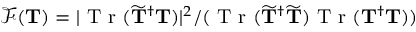
\mathcal { F } ( \mathbf { T } ) = | \textnormal { T r } ( \widetilde { \mathbf { T } } ^ { \dagger } { \mathbf { T } } ) | ^ { 2 } / ( \textnormal { T r } ( \widetilde { \mathbf { T } } ^ { \dagger } \widetilde { \mathbf { T } } ) \textnormal { T r } ( \mathbf { T } ^ { \dagger } { \mathbf { T } } ) )